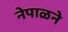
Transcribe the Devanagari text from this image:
नेपाळने